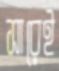
সারেই